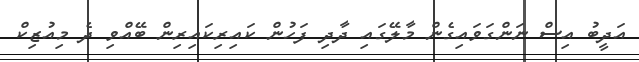
އަދީބު އިސް ނަންގަވައިގެން މާލޭގައި ދާދި ފަހުން ކައިރިކައިރިން ބޭއްވި ދެ މިއުޒިކް